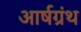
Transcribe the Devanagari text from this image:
आर्षग्रंथ